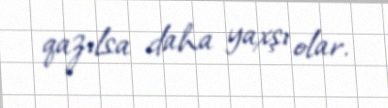
qazılsa daha yaxşı olar.